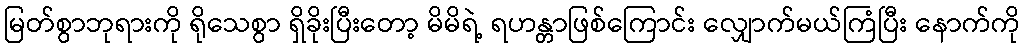
မြတ်စွာဘုရားကို ရိုသေစွာ ရှိခိုးပြီးတော့ မိမိရဲ့ ရဟန္တာဖြစ်ကြောင်း လျှောက်မယ်ကြံပြီး နောက်ကို